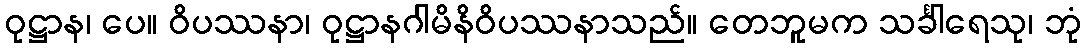
ဝုဋ္ဌာန၊ ပေ။ ဝိပဿနာ၊ ဝုဋ္ဌာနဂါမိနိဝိပဿနာသည်။ တေဘူမက သင်္ခါရေသု၊ ဘုံ